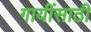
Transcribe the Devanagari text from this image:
गायींसाठी